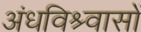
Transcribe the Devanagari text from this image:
अंधविश्र्वासों